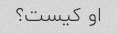
او کیست؟